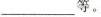
___等。